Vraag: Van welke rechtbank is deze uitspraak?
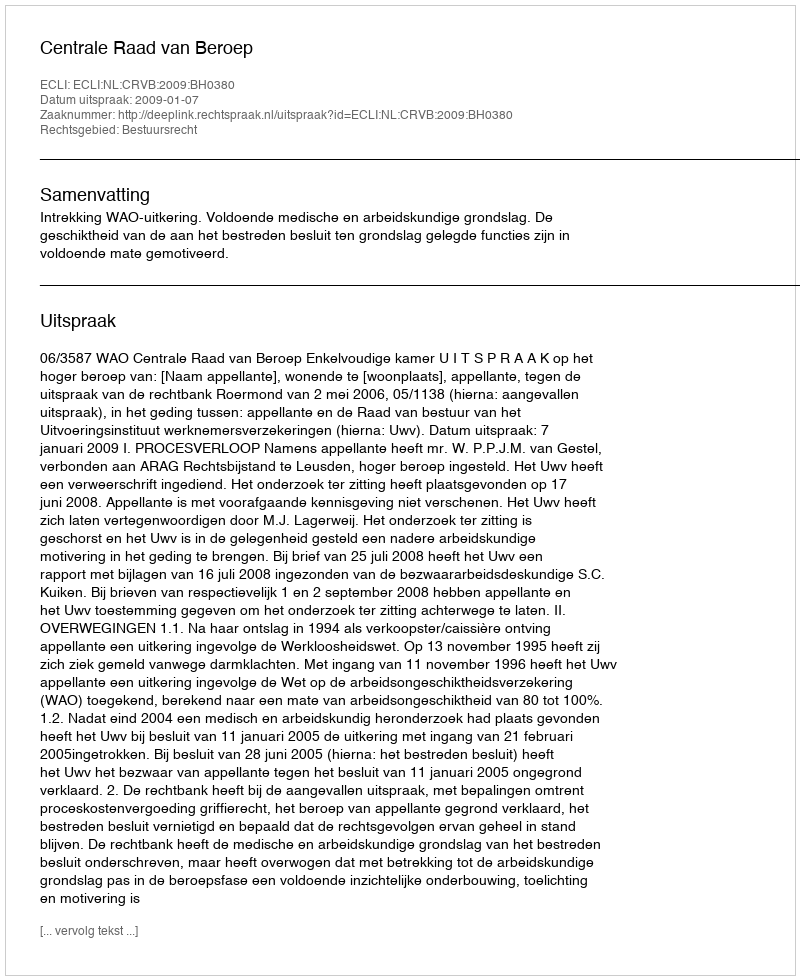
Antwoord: Centrale Raad van Beroep